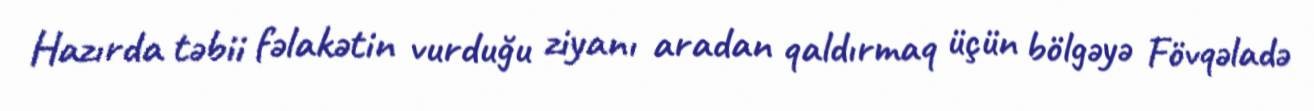
Hazırda təbii fəlakətin vurduğu ziyanı aradan qaldırmaq üçün bölgəyə Fövqəladə